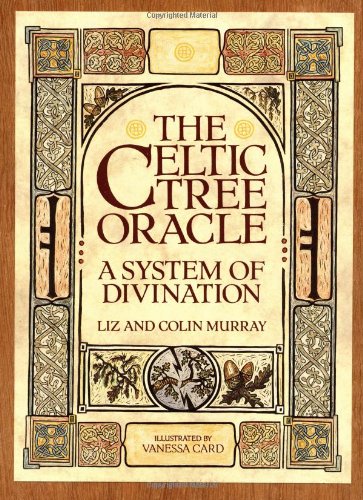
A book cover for The Celtic Tree Oracle: A System of Divination; Colin Murray; Religion & Spirituality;